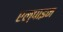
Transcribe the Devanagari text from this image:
एल्‍पाइन